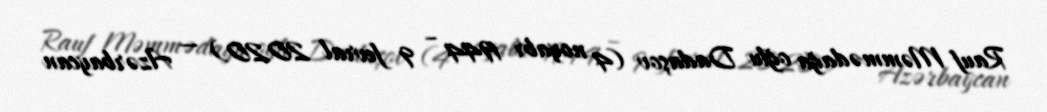
Rauf Məmmədağa oğlu Dadaşov (4 noyabr 1944 – 9 fevral 2020) — Azərbaycan